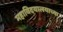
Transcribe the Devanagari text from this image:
महाविदयालयाच्या